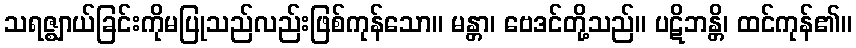
သရဇ္ဈာယ်ခြင်းကိုမပြုသည်လည်းဖြစ်ကုန်သော။ မန္တာ၊ ဗေဒင်တို့သည်။ ပဋိဘန္တိ၊ ထင်ကုန်၏။